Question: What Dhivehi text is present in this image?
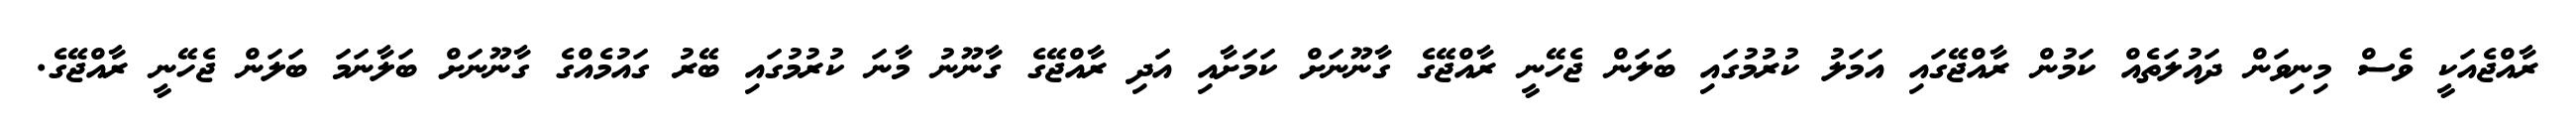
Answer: ރާއްޖެއަކީ ވެސް މިނިވަން ދައުލަތެއް ކަމުން ރާއްޖޭގައި އަމަލު ކުރުމުގައި ބަލަން ޖެހޭނީ ރާއްޖޭގެ ގާނޫނަށް ކަމަށާއި އަދި ރާއްޖޭގެ ގާނޫނު މާނަ ކުރުމުގައި ބޭރު ގައުމެއްގެ ގާނޫނަށް ބަލާނަމަ ބަލަން ޖެހޭނީ ރާއްޖޭގެ.